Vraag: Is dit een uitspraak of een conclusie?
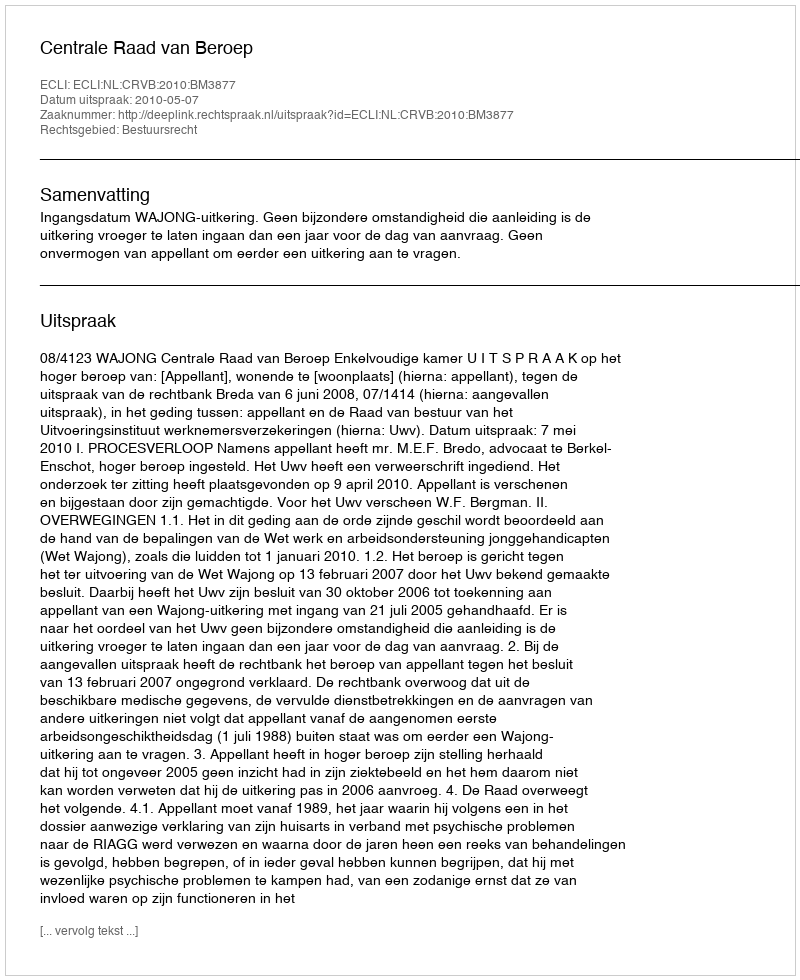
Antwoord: Uitspraak